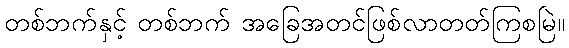
တစ်ဘက်နှင့် တစ်ဘက် အခြေအတင်ဖြစ်လာတတ်ကြစမြဲ။